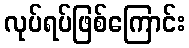
လုပ်ရပ်ဖြစ်ကြောင်း